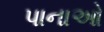
પાનાઓ